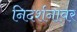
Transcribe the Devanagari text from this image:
निदर्शनावर